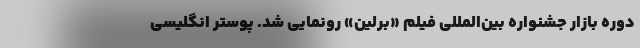
دوره بازار جشنواره بین‌المللی فیلم «برلین» رونمایی شد. پوستر انگلیسی